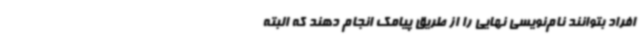
افراد بتوانند نام‌نویسی نهایی را از طریق پیامک انجام دهند که البته